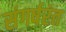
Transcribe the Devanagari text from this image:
संगर्षरंत